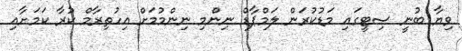
ވިޔާ ބުނީ ސިޓީގައި މަޑުކުރަން ލަމްޕާޑް ނިންމި ނިންމުމަށް އިހުތިރާމް ކުރާ ކަމަށާއި